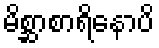
မိစ္ဆာစာရိနောပိ